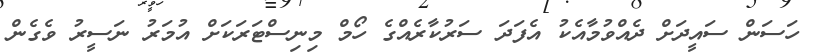
ހަސަން ސައީދަށް ދެއްވުމާއެކު އެފަދަ ސަރުކާރެއްގެ ހޯމް މިނިސްޓަރަކަށް އުމަރު ނަސީރު ވެގެން